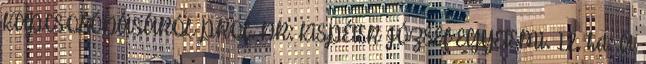
KAPCSOLÓDÁSÁRÓL PROF. DR: KISPÉTER JÓZSEF EGYETEMI. 12. hét: A